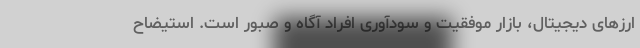
ارزهای دیجیتال، بازار موفقیت و سودآوری افراد آگاه و صبور است. استیضاح